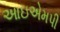
આઇએમપી